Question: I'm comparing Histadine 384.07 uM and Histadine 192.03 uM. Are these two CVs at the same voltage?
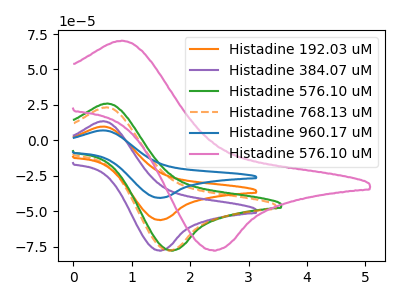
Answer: <think>The orange curve "Histadine 192.03 uM" has an anodic peak at (0.50V, 9.75uA) and a cathodic peak at (1.50V, -56.10uA). The purple curve "Histadine 384.07 uM" has an anodic peak at (0.50V, 13.50uA) and a cathodic peak at (1.50V, -77.65uA). The green curve "Histadine 576.10 uM" has an anodic peak at (0.60V, 26.00uA) and a cathodic peak at (1.70V, -77.60uA). The orange dashed curve "Histadine 768.13 uM" has an anodic peak at (0.55V, 23.30uA) and a cathodic peak at (1.65V, -77.60uA). The blue curve "Histadine 960.17 uM" has an anodic peak at (0.50V, 19.55uA) and a cathodic peak at (1.50V, -112.20uA). The pink curve "Histadine 576.10 uM" has an anodic peak at (0.85V, 70.30uA) and a cathodic peak at (2.40V, -77.50uA).
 All the peaks in "Histadine 384.07 uM" have a peak in "Histadine 192.03 uM" at the same potential. Every peak in "Histadine 384.07 uM" is higher than every peak in "Histadine 192.03 uM".</think>
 <answer>"Histadine 384.07 uM" and "Histadine 192.03 uM" are similar in shape.</answer>
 <eval>same_shape</eval>